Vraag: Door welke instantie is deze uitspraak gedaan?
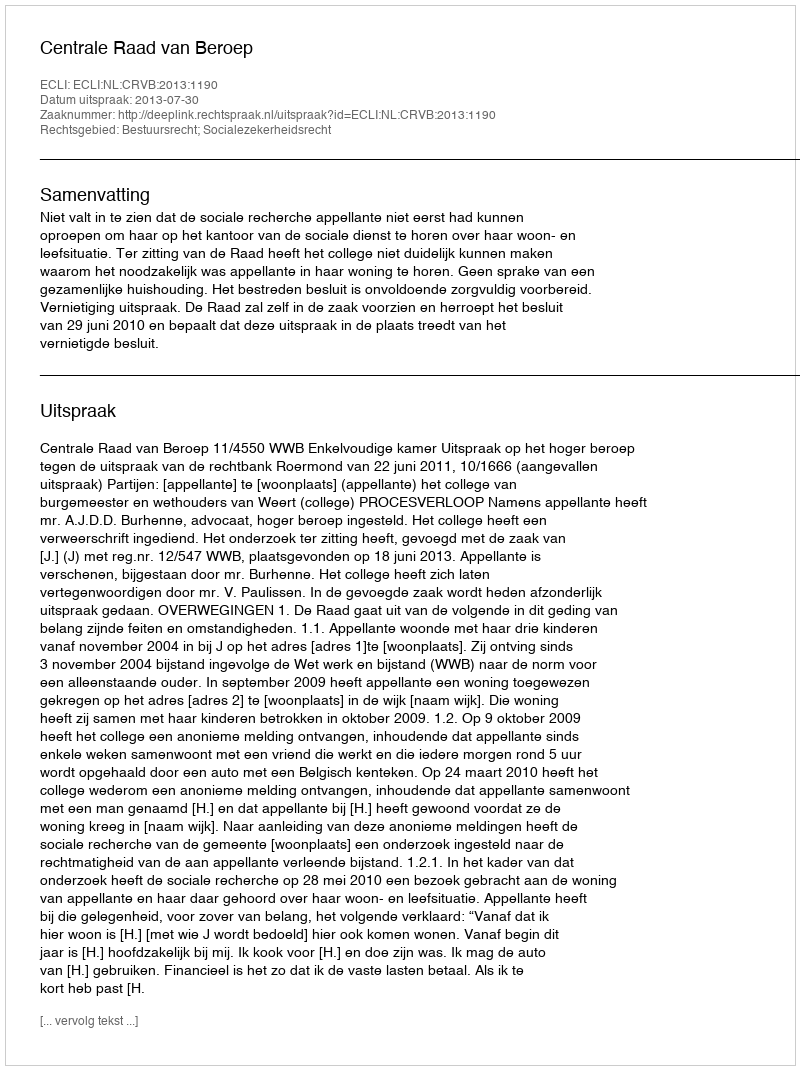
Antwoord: Centrale Raad van Beroep